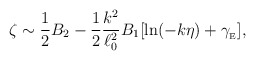
\begin{align*}\zeta\sim \frac{1}{2}B_2 - \frac{1}{2}\frac{k^2}{\ell_0^2}B_1 [\ln(-k\eta) + \gamma_{_{\rm E}}],\end{align*}